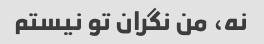
نه، من نگران تو نیستم